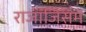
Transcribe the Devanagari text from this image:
राजाजिसमें